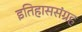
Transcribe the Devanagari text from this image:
इतिहाससंग्रह